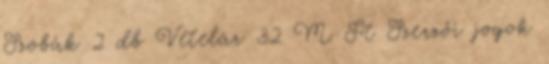
Szobák 2 db Vételár 32 M Ft Szerzői jogok